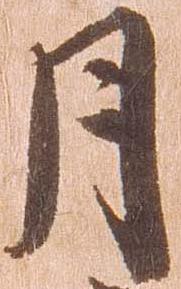
月